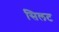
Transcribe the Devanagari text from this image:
सिलट